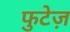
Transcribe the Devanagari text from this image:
फुटेज़